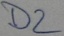
Text: D2